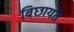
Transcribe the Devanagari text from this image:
बिछायते